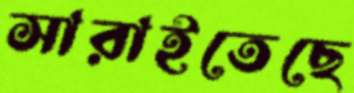
সারাইতেছে